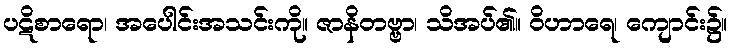
ပဋိစာရော၊ အပေါင်းအသင်းကို။ ဇာနိတဗ္ဗာ၊ သိအပ်၏။ ဝိဟာရေ၊ ကျောင်း၌။